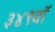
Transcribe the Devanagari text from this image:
३४९वॉ